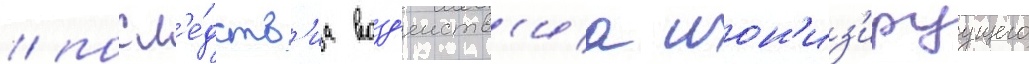
/ посл'е́дств'иа возд'еиств'иа ион'из'ируущего